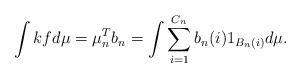
LaTeX: \begin{align*}\int kfd\mu & = \mu_n^T b_n = \int \sum_{i=1}^{C_n} b_n(i) 1_{B_n (i)} d\mu. \end{align*}